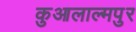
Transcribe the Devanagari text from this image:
कुआलाल्मपुर